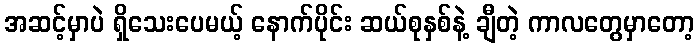
အဆင့်မှာပဲ ရှိသေးပေမယ့် နောက်ပိုင်း ဆယ်စုနှစ်နဲ့ ချီတဲ့ ကာလတွေမှာတော့